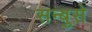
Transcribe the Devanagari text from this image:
सन्बुसे